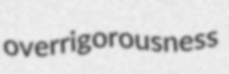
overrigorousness